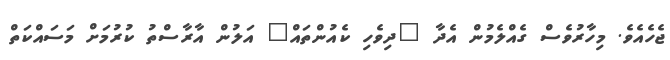
ޖެހެއެވެ. މިހާރުވެސް ގެއްލެމުން އެދާ "ދިވެހި ކެއުންތައް" އަލުން އާރާސްތު ކުރުމަށް މަސައްކަތް